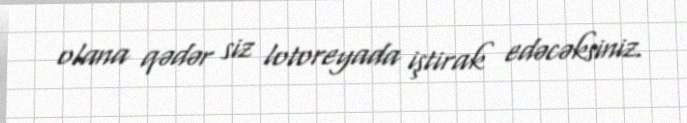
olana qədər siz lotoreyada iştirak edəcəksiniz.